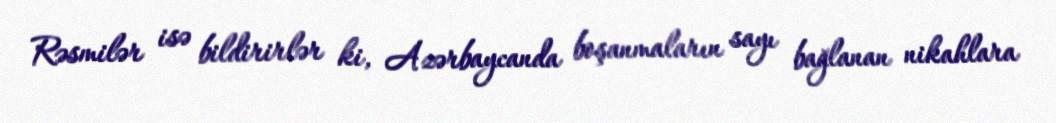
Rəsmilər isə bildirirlər ki, Azərbaycanda boşanmaların sayı bağlanan nikahlara